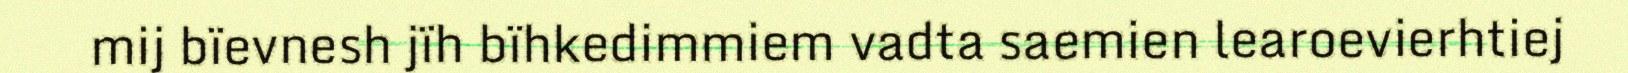
mij bïevnesh jïh bïhkedimmiem vadta saemien learoevierhtiej